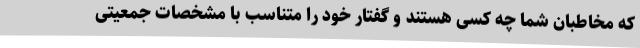
که مخاطبان شما چه کسی هستند و گفتار خود را متناسب با مشخصات جمعیتی